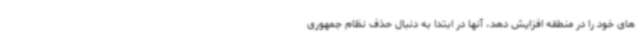
های خود را در منطقه افزایش دهد، آنها در ابتدا به دنبال حذف نظام جمهوری